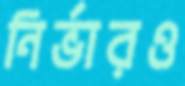
নির্ভারও